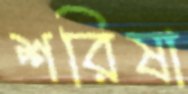
শরিষা